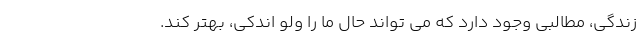
زندگی، مطالبی وجود دارد که می تواند حال ما را ولو اندکی، بهتر کند.